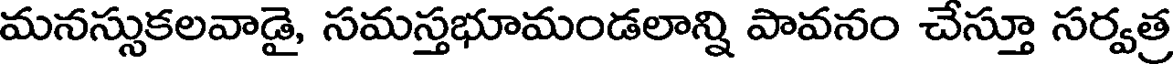
మనస్సుకలవాడై, సమస్తభూమండలాన్ని పావనం చేస్తూ సర్వత్ర